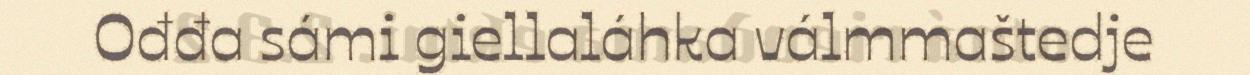
Ođđa sámi giellaláhka válmmaštedje